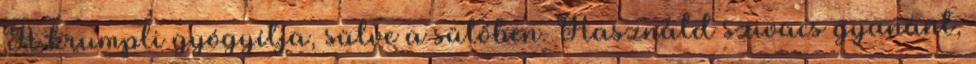
A krumpli gyógyítja, sülve a sütőben. Használd szivacs gyanánt,